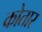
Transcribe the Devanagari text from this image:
कोतार